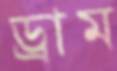
ড্রাম